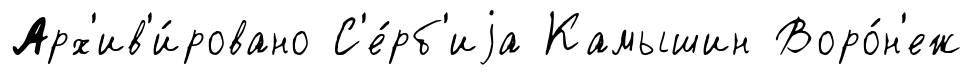
Арх'ив'и́ровано С'е́рб'иjа Камышин Воро́н'еж